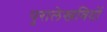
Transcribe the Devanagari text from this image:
पुरालेखविदों